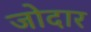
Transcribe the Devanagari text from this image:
जोदार